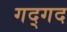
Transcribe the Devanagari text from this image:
गद्गद